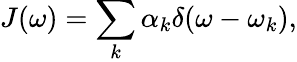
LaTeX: J(\omega)=\sum_{k}\alpha_{k}\delta(\omega-\omega_{k}),